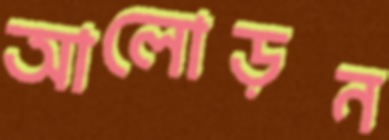
আলোড়ন